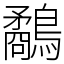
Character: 鷸